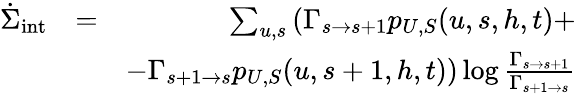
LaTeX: \begin{array}{rlr}{\dot{\Sigma}_{\mathrm{int}}}&{=}&{\sum_{u,s}\left(\Gamma_{s\to s+1}p_{U,S}(u,s,h,t)+\right.}\\ &{~}&{\left.-\Gamma_{s+1\to s}p_{U,S}(u,s+1,h,t)\right)\log\frac{\Gamma_{s\to s+1}}{\Gamma_{s+1\to s}}}\end{array}